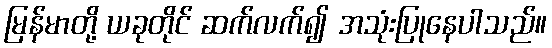
မြန်မာတို့ ယခုတိုင် ဆက်လက်၍ အသုံးပြုနေပါသည်။